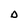
Character: D